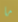
ما